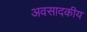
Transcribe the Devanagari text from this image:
अवसादकीय